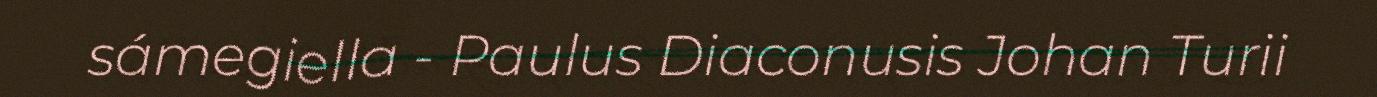
sámegiella - Paulus Diaconusis Johan Turii